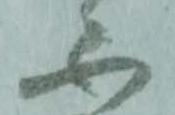
不